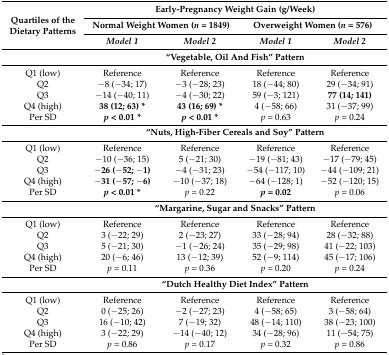
<table><thead><tr><td rowspan="3"><b>Quartiles of the Dietary Patterns</b></td><td colspan="4"><b>Early-Pregnancy Weight Gain (g/Week)</b></td></tr><tr><td colspan="2"><b>Normal Weight Women (<i>n</i> = 1849)</b></td><td colspan="2"><b>Overweight Women (<i>n</i> = 576)</b></td></tr><tr><td><b><i>Model 1</i></b></td><td><b><i>Model 2</i></b></td><td><b><i>Model 1</i></b></td><td><b><i>Model 2</i></b></td></tr></thead><tbody><tr><td></td><td colspan="4"><b>“Vegetable, Oil And Fish” Pattern</b></td></tr><tr><td>Q1 (low)</td><td>Reference</td><td>Reference</td><td>Reference</td><td>Reference</td></tr><tr><td>Q2</td><td>−8 (−34; 17)</td><td>−3 (−28; 23)</td><td>18 (−44; 80)</td><td>29 (−34; 91)</td></tr><tr><td>Q3 </td><td>−14 (−40; 11)</td><td>−4 (−30; 22)</td><td>59 (−3; 121)</td><td><b>77 (14; 141)</b></td></tr><tr><td>Q4 (high)</td><td><b>38 (12; 63) *</b></td><td><b>43 (16; 69) *</b></td><td>4 (−58; 66)</td><td>31 (−37; 99)</td></tr><tr><td>Per SD</td><td><b><i>p</i> &lt; 0.01 <i>*</i></b></td><td><b><i>p</i> &lt; 0.01 *</b></td><td><i>p</i> = 0.63</td><td><i>p</i> = 0.24</td></tr><tr><td></td><td colspan="4"><b>“Nuts, High-Fiber Cereals and Soy” Pattern</b></td></tr><tr><td>Q1 (low)</td><td>Reference</td><td>Reference</td><td>Reference</td><td>Reference</td></tr><tr><td>Q2</td><td>−10 (−36; 15)</td><td>5 (−21; 30)</td><td>−19 (−81; 43)</td><td>−17 (−79; 45)</td></tr><tr><td>Q3 </td><td><b>−26 (−52; −1)</b></td><td>−4 (−31; 23)</td><td>−54 (−117; 10)</td><td>−44 (−109; 21)</td></tr><tr><td>Q4 (high)</td><td><b>−31 (−57; −6)</b></td><td>−10 (−37; 18)</td><td>−64 (−128; 1)</td><td>−52 (−120; 15)</td></tr><tr><td>Per SD</td><td><b><i>p</i></b><b>&lt; 0.01 *</b></td><td><i>p</i> = 0.22</td><td><b><i>p</i> = 0.02</b></td><td><i>p</i> = 0.06</td></tr><tr><td></td><td colspan="4"><b>“Margarine, Sugar and Snacks” Pattern</b></td></tr><tr><td>Q1 (low)</td><td>Reference</td><td>Reference</td><td>Reference</td><td>Reference</td></tr><tr><td>Q2</td><td>3 (−22; 29)</td><td>2 (−23; 27)</td><td>33 (−28; 94)</td><td>28 (−32; 88)</td></tr><tr><td>Q3</td><td>5 (−21; 30)</td><td>−1 (−26; 24)</td><td>35 (−29; 98)</td><td>41 (−22; 103)</td></tr><tr><td>Q4 (high)</td><td>20 (−6; 46)</td><td>13 (−12; 39)</td><td>52 (−9; 114)</td><td>45 (−17; 106)</td></tr><tr><td>Per SD</td><td><i>p</i> = 0.11</td><td><i>p</i> = 0.36</td><td><i>p</i> = 0.20</td><td><i>p</i> = 0.24</td></tr><tr><td></td><td colspan="4"><b>“Dutch Healthy Diet Index” Pattern</b></td></tr><tr><td>Q1 (low)</td><td>Reference</td><td>Reference</td><td>Reference</td><td>Reference</td></tr><tr><td>Q2</td><td>0 (−25; 26)</td><td>−2 (−27; 23)</td><td>4 (−58; 65)</td><td>3 (−58; 64)</td></tr><tr><td>Q3</td><td>16 (−10; 42)</td><td>7 (−19; 32)</td><td>48 (−14; 110)</td><td>38 (−23; 100)</td></tr><tr><td>Q4 (high)</td><td>3 (−22; 29)</td><td>−14 (−40; 12)</td><td>34 (−28; 96)</td><td>11 (−54; 75)</td></tr><tr><td>Per SD</td><td><i>p</i> = 0.86</td><td><i>p</i> = 0.17</td><td><i>p</i> = 0.32</td><td><i>p</i> = 0.86</td></tr></tbody></table>